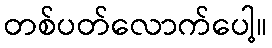
တစ်ပတ်လောက်ပေါ့။